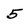
Character: 5